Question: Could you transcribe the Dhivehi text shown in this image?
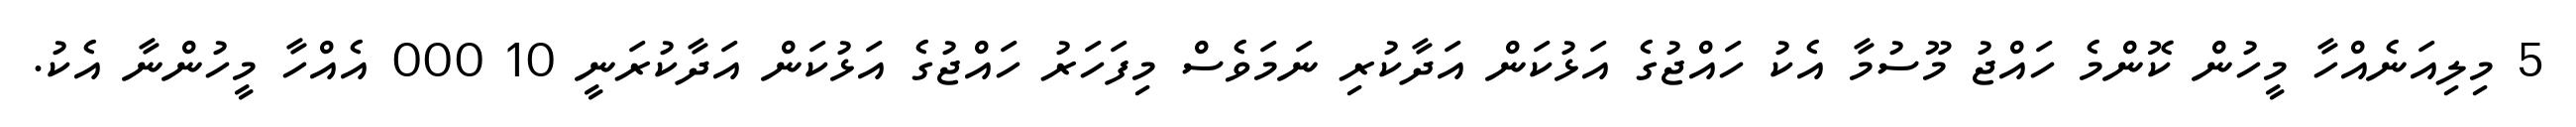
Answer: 5 މިލިއަނެއްހާ މީހުން ކޮންމެ ހައްޖު މޫސުމާ އެކު ހައްޖުގެ އަޅުކަން އަދާކުރި ނަމަވެސް މިފަހަރު ހައްޖުގެ އަޅުކަން އަދާކުރަނީ 10 000 އެއްހާ މީހުންނާ އެކު.